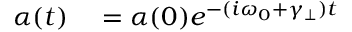
\begin{array} { r l } { \alpha ( t ) } & { { } = \alpha ( 0 ) e ^ { - ( i \omega _ { 0 } + \gamma _ { \perp } ) t } } \end{array}